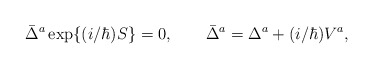
\begin{align*}\bar{\Delta}^a\, {\rm exp}\{ (i/ \hbar) S \} = 0,\qquad\bar{\Delta}^a = \Delta^a + (i/ \hbar) V^a,\end{align*}